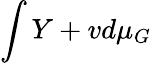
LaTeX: \int Y+vd\mu_{G}